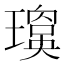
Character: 𱯬